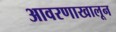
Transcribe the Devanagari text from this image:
आवरणाखालून